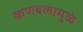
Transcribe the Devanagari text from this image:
कणबलामुळे